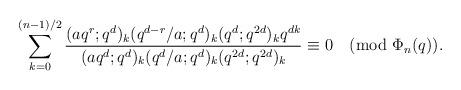
LaTeX: \begin{align*}\sum_{k=0}^{(n-1)/2}\frac{(aq^r;q^d)_k (q^{d-r}/a;q^d)_k (q^d;q^{2d})_k q^{dk}}{(aq^d;q^d)_k(q^d/a;q^d)_k (q^{2d};q^{2d})_k}\equiv 0\pmod{\Phi_n(q)}.\end{align*}